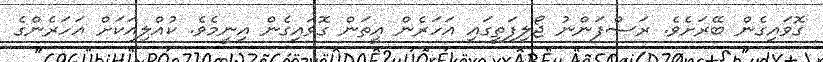
ގޮވައިގެން ބޭރަށެވެ. ރަސްފަންނު ޖޯލިފަތީގައި އަހަރެން އީތަން ގޮވައިގެން އިނީމެވެ. ކުއްލިއަަކަށް އަހަރެންގެ